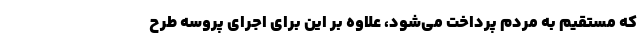
که مستقیم به مردم پرداخت می‌شود، علاوه بر این برای اجرای پروسه طرح